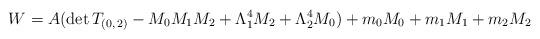
LaTeX: \begin{align*}W = A(\mathrm{det}\,T_{(0,\,2)}-M_{0}M_{1}M_{2}+\Lambda _{1}^{4}M_{2}+\Lambda _{2}^{4}M_{0}) +m_{0}M_{0}+m_{1}M_{1}+m_{2}M_{2}\end{align*}